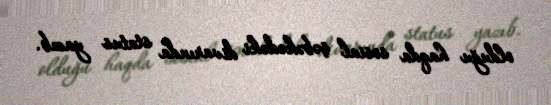
olduğu haqda sosial şəbəkədəki divarında status yazıb.